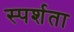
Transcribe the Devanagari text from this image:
स्पर्शता